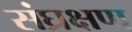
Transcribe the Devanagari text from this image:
संघ्रक्षण